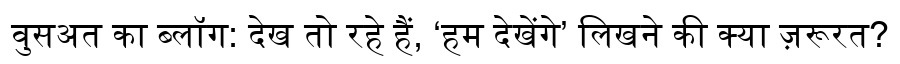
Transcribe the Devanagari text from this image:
वुसअत का ब्लॉग: देख तो रहे हैं, ‘हम देखेंगे’ लिखने की क्या ज़रूरत?